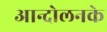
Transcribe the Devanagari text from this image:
आन्दोलनके